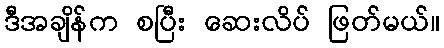
ဒီအချိန်က စပြီး ဆေးလိပ် ဖြတ်မယ်။